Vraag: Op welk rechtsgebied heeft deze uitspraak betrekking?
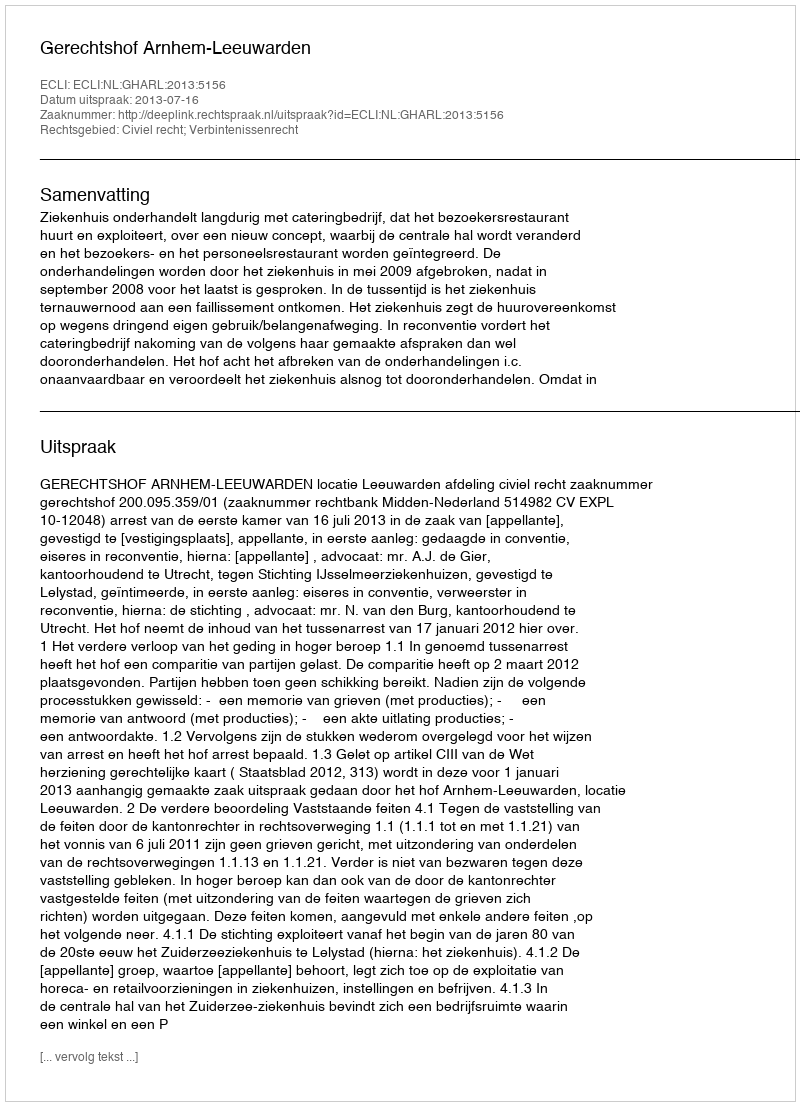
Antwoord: Civiel recht; Verbintenissenrecht